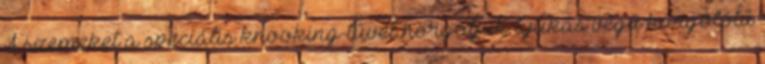
A szemeket a speciális knooking-tűvel horgoljuk lyukas végű horgolótű